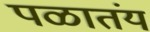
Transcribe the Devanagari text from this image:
पळातंय